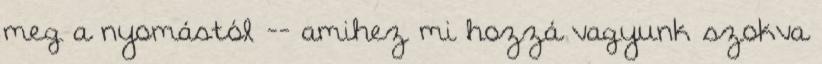
meg a nyomástól -- amihez mi hozzá vagyunk szokva